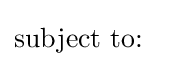
{\mbox{subject to: }}\